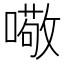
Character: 𱔻